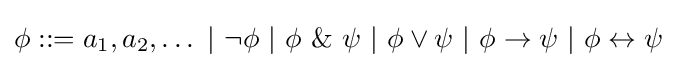
\phi ::=a_{1},a_{2},\ldots ~|~\neg \phi ~|~\phi ~\&~\psi ~|~\phi \vee \psi ~|~\phi \rightarrow \psi ~|~\phi \leftrightarrow \psi